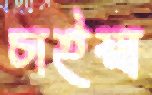
চাইয়া